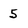
Character: 5